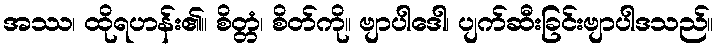
အဿ၊ ထိုရဟန်း၏။ စိတ္တံ၊ စိတ်ကို။ ဗျာပါဒေါ၊ ပျက်ဆီးခြင်းဗျာပါဒသည်။